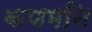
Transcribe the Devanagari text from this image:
कणमनि